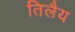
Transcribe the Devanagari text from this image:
तिलैय